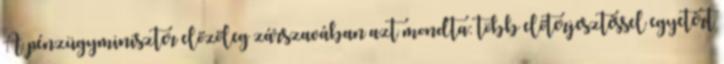
A pénzügyminiszter előzőleg zárszavában azt mondta: több előterjesztéssel egyetért